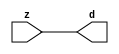

//------> ./rtl_mgc_ioport.v 
//------------------------------------------------------------------
//                M G C _ I O P O R T _ C O M P S
//------------------------------------------------------------------

//------------------------------------------------------------------
//                       M O D U L E S
//------------------------------------------------------------------

//------------------------------------------------------------------
//-- INPUT ENTITIES
//------------------------------------------------------------------

module mgc_in_wire (d, z);

  parameter integer rscid = 1;
  parameter integer width = 8;

  output [width-1:0] d;
  input  [width-1:0] z;

  wire   [width-1:0] d;

  assign d = z;

endmodule

//------------------------------------------------------------------

module mgc_in_wire_en (ld, d, lz, z);

  parameter integer rscid = 1;
  parameter integer width = 8;

  input              ld;
  output [width-1:0] d;
  output             lz;
  input  [width-1:0] z;

  wire   [width-1:0] d;
  wire               lz;

  assign d = z;
  assign lz = ld;

endmodule

//------------------------------------------------------------------

module mgc_in_wire_wait (ld, vd, d, lz, vz, z);

  parameter integer rscid = 1;
  parameter integer width = 8;

  input              ld;
  output             vd;
  output [width-1:0] d;
  output             lz;
  input              vz;
  input  [width-1:0] z;

  wire               vd;
  wire   [width-1:0] d;
  wire               lz;

  assign d = z;
  assign lz = ld;
  assign vd = vz;

endmodule
//------------------------------------------------------------------

module mgc_chan_in (ld, vd, d, lz, vz, z, size, req_size, sizez, sizelz);

  parameter integer rscid = 1;
  parameter integer width = 8;
  parameter integer sz_width = 8;

  input              ld;
  output             vd;
  output [width-1:0] d;
  output             lz;
  input              vz;
  input  [width-1:0] z;
  output [sz_width-1:0] size;
  input              req_size;
  input  [sz_width-1:0] sizez;
  output             sizelz;


  wire               vd;
  wire   [width-1:0] d;
  wire               lz;
  wire   [sz_width-1:0] size;
  wire               sizelz;

  assign d = z;
  assign lz = ld;
  assign vd = vz;
  assign size = sizez;
  assign sizelz = req_size;

endmodule


//------------------------------------------------------------------
//-- OUTPUT ENTITIES
//------------------------------------------------------------------

module mgc_out_stdreg (d, z);

  parameter integer rscid = 1;
  parameter integer width = 8;

  input    [width-1:0] d;
  output   [width-1:0] z;

  wire     [width-1:0] z;

  assign z = d;

endmodule

//------------------------------------------------------------------

module mgc_out_stdreg_en (ld, d, lz, z);

  parameter integer rscid = 1;
  parameter integer width = 8;

  input              ld;
  input  [width-1:0] d;
  output             lz;
  output [width-1:0] z;

  wire               lz;
  wire   [width-1:0] z;

  assign z = d;
  assign lz = ld;

endmodule

//------------------------------------------------------------------

module mgc_out_stdreg_wait (ld, vd, d, lz, vz, z);

  parameter integer rscid = 1;
  parameter integer width = 8;

  input              ld;
  output             vd;
  input  [width-1:0] d;
  output             lz;
  input              vz;
  output [width-1:0] z;

  wire               vd;
  wire               lz;
  wire   [width-1:0] z;

  assign z = d;
  assign lz = ld;
  assign vd = vz;

endmodule

//------------------------------------------------------------------

module mgc_out_prereg_en (ld, d, lz, z);

    parameter integer rscid = 1;
    parameter integer width = 8;

    input              ld;
    input  [width-1:0] d;
    output             lz;
    output [width-1:0] z;

    wire               lz;
    wire   [width-1:0] z;

    assign z = d;
    assign lz = ld;

endmodule

//------------------------------------------------------------------
//-- INOUT ENTITIES
//------------------------------------------------------------------

module mgc_inout_stdreg_en (ldin, din, ldout, dout, lzin, lzout, z);

    parameter integer rscid = 1;
    parameter integer width = 8;

    input              ldin;
    output [width-1:0] din;
    input              ldout;
    input  [width-1:0] dout;
    output             lzin;
    output             lzout;
    inout  [width-1:0] z;

    wire   [width-1:0] din;
    wire               lzin;
    wire               lzout;
    wire   [width-1:0] z;

    assign lzin = ldin;
    assign din = ldin ? z : {width{1'bz}};
    assign lzout = ldout;
    assign z = ldout ? dout : {width{1'bz}};

endmodule

//------------------------------------------------------------------
module hid_tribuf( I_SIG, ENABLE, O_SIG);
  parameter integer width = 8;

  input [width-1:0] I_SIG;
  input ENABLE;
  inout [width-1:0] O_SIG;

  assign O_SIG = (ENABLE) ? I_SIG : { width{1'bz}};

endmodule
//------------------------------------------------------------------

module mgc_inout_stdreg_wait (ldin, vdin, din, ldout, vdout, dout, lzin, vzin, lzout, vzout, z);

    parameter integer rscid = 1;
    parameter integer width = 8;

    input              ldin;
    output             vdin;
    output [width-1:0] din;
    input              ldout;
    output             vdout;
    input  [width-1:0] dout;
    output             lzin;
    input              vzin;
    output             lzout;
    input              vzout;
    inout  [width-1:0] z;

    wire               vdin;
    wire   [width-1:0] din;
    wire               vdout;
    wire               lzin;
    wire               lzout;
    wire   [width-1:0] z;
    wire   ldout_and_vzout;

    assign lzin = ldin;
    assign vdin = vzin;
    assign din = ldin ? z : {width{1'bz}};
    assign lzout = ldout;
    assign vdout = vzout ;
    assign ldout_and_vzout = ldout && vzout ;

    hid_tribuf #(width) tb( .I_SIG(dout),
                            .ENABLE(ldout_and_vzout),
                            .O_SIG(z) );

endmodule

//------------------------------------------------------------------

module mgc_inout_buf_wait (clk, en, arst, srst, ldin, vdin, din, ldout, vdout, dout, lzin, vzin, lzout, vzout, z);

    parameter integer rscid   = 0; // resource ID
    parameter integer width   = 8; // fifo width
    parameter         ph_clk  =  1'b1; // clock polarity 1=rising edge, 0=falling edge
    parameter         ph_en   =  1'b1; // clock enable polarity
    parameter         ph_arst =  1'b1; // async reset polarity
    parameter         ph_srst =  1'b1; // sync reset polarity

    input              clk;
    input              en;
    input              arst;
    input              srst;
    input              ldin;
    output             vdin;
    output [width-1:0] din;
    input              ldout;
    output             vdout;
    input  [width-1:0] dout;
    output             lzin;
    input              vzin;
    output             lzout;
    input              vzout;
    inout  [width-1:0] z;

    wire               lzout_buf;
    wire               vzout_buf;
    wire   [width-1:0] z_buf;
    wire               vdin;
    wire   [width-1:0] din;
    wire               vdout;
    wire               lzin;
    wire               lzout;
    wire   [width-1:0] z;

    assign lzin = ldin;
    assign vdin = vzin;
    assign din = ldin ? z : {width{1'bz}};
    assign lzout = lzout_buf & ~ldin;
    assign vzout_buf = vzout & ~ldin;
    hid_tribuf #(width) tb( .I_SIG(z_buf),
                            .ENABLE((lzout_buf && (!ldin) && vzout) ),
                            .O_SIG(z)  );

    mgc_out_buf_wait
    #(
        .rscid   (rscid),
        .width   (width),
        .ph_clk  (ph_clk),
        .ph_en   (ph_en),
        .ph_arst (ph_arst),
        .ph_srst (ph_srst)
    )
    BUFF
    (
        .clk     (clk),
        .en      (en),
        .arst    (arst),
        .srst    (srst),
        .ld      (ldout),
        .vd      (vdout),
        .d       (dout),
        .lz      (lzout_buf),
        .vz      (vzout_buf),
        .z       (z_buf)
    );


endmodule

module mgc_inout_fifo_wait (clk, en, arst, srst, ldin, vdin, din, ldout, vdout, dout, lzin, vzin, lzout, vzout, z);

    parameter integer rscid   = 0; // resource ID
    parameter integer width   = 8; // fifo width
    parameter integer fifo_sz = 8; // fifo depth
    parameter         ph_clk  = 1'b1;  // clock polarity 1=rising edge, 0=falling edge
    parameter         ph_en   = 1'b1;  // clock enable polarity
    parameter         ph_arst = 1'b1;  // async reset polarity
    parameter         ph_srst = 1'b1;  // sync reset polarity
    parameter integer ph_log2 = 3;     // log2(fifo_sz)
    parameter integer pwropt  = 0;     // pwropt

    input              clk;
    input              en;
    input              arst;
    input              srst;
    input              ldin;
    output             vdin;
    output [width-1:0] din;
    input              ldout;
    output             vdout;
    input  [width-1:0] dout;
    output             lzin;
    input              vzin;
    output             lzout;
    input              vzout;
    inout  [width-1:0] z;

    wire               lzout_buf;
    wire               vzout_buf;
    wire   [width-1:0] z_buf;
    wire               comb;
    wire               vdin;
    wire   [width-1:0] din;
    wire               vdout;
    wire               lzin;
    wire               lzout;
    wire   [width-1:0] z;

    assign lzin = ldin;
    assign vdin = vzin;
    assign din = ldin ? z : {width{1'bz}};
    assign lzout = lzout_buf & ~ldin;
    assign vzout_buf = vzout & ~ldin;
    assign comb = (lzout_buf && (!ldin) && vzout);

    hid_tribuf #(width) tb2( .I_SIG(z_buf), .ENABLE(comb), .O_SIG(z)  );

    mgc_out_fifo_wait
    #(
        .rscid   (rscid),
        .width   (width),
        .fifo_sz (fifo_sz),
        .ph_clk  (ph_clk),
        .ph_en   (ph_en),
        .ph_arst (ph_arst),
        .ph_srst (ph_srst),
        .ph_log2 (ph_log2),
        .pwropt  (pwropt)
    )
    FIFO
    (
        .clk   (clk),
        .en      (en),
        .arst    (arst),
        .srst    (srst),
        .ld      (ldout),
        .vd      (vdout),
        .d       (dout),
        .lz      (lzout_buf),
        .vz      (vzout_buf),
        .z       (z_buf)
    );

endmodule

//------------------------------------------------------------------
//-- I/O SYNCHRONIZATION ENTITIES
//------------------------------------------------------------------

module mgc_io_sync (ld, lz);

    input  ld;
    output lz;

    assign lz = ld;

endmodule

module mgc_bsync_rdy (rd, rz);

    parameter integer rscid   = 0; // resource ID
    parameter ready = 1;
    parameter valid = 0;

    input  rd;
    output rz;

    wire   rz;

    assign rz = rd;

endmodule

module mgc_bsync_vld (vd, vz);

    parameter integer rscid   = 0; // resource ID
    parameter ready = 0;
    parameter valid = 1;

    output vd;
    input  vz;

    wire   vd;

    assign vd = vz;

endmodule

module mgc_bsync_rv (rd, vd, rz, vz);

    parameter integer rscid   = 0; // resource ID
    parameter ready = 1;
    parameter valid = 1;

    input  rd;
    output vd;
    output rz;
    input  vz;

    wire   vd;
    wire   rz;

    assign rz = rd;
    assign vd = vz;

endmodule

//------------------------------------------------------------------

module mgc_sync (ldin, vdin, ldout, vdout);

  input  ldin;
  output vdin;
  input  ldout;
  output vdout;

  wire   vdin;
  wire   vdout;

  assign vdin = ldout;
  assign vdout = ldin;

endmodule

///////////////////////////////////////////////////////////////////////////////
// dummy function used to preserve funccalls for modulario
// it looks like a memory read to the caller
///////////////////////////////////////////////////////////////////////////////
module funccall_inout (d, ad, bd, z, az, bz);

  parameter integer ram_id = 1;
  parameter integer width = 8;
  parameter integer addr_width = 8;

  output [width-1:0]       d;
  input  [addr_width-1:0]  ad;
  input                    bd;
  input  [width-1:0]       z;
  output [addr_width-1:0]  az;
  output                   bz;

  wire   [width-1:0]       d;
  wire   [addr_width-1:0]  az;
  wire                     bz;

  assign d  = z;
  assign az = ad;
  assign bz = bd;

endmodule


///////////////////////////////////////////////////////////////////////////////
// inlinable modular io not otherwise found in mgc_ioport
///////////////////////////////////////////////////////////////////////////////

module modulario_en_in (vd, d, vz, z);

  parameter integer rscid = 1;
  parameter integer width = 8;

  output             vd;
  output [width-1:0] d;
  input              vz;
  input  [width-1:0] z;

  wire   [width-1:0] d;
  wire               vd;

  assign d = z;
  assign vd = vz;

endmodule

//------> ./rtl_mgc_ioport_v2001.v 
//------------------------------------------------------------------

module mgc_out_reg_pos (clk, en, arst, srst, ld, d, lz, z);

    parameter integer rscid   = 1;
    parameter integer width   = 8;
    parameter         ph_en   =  1'b1;
    parameter         ph_arst =  1'b1;
    parameter         ph_srst =  1'b1;

    input              clk;
    input              en;
    input              arst;
    input              srst;
    input              ld;
    input  [width-1:0] d;
    output             lz;
    output [width-1:0] z;

    reg                lz;
    reg    [width-1:0] z;

    generate
    if (ph_arst == 1'b0)
    begin: NEG_ARST
        always @(posedge clk or negedge arst)
        if (arst == 1'b0)
        begin: B1
            lz <= 1'b0;
            z  <= {width{1'b0}};
        end
        else if (srst == ph_srst)
        begin: B2
            lz <= 1'b0;
            z  <= {width{1'b0}};
        end
        else if (en == ph_en)
        begin: B3
            lz <= ld;
            z  <= (ld) ? d : z;
        end
    end
    else
    begin: POS_ARST
        always @(posedge clk or posedge arst)
        if (arst == 1'b1)
        begin: B1
            lz <= 1'b0;
            z  <= {width{1'b0}};
        end
        else if (srst == ph_srst)
        begin: B2
            lz <= 1'b0;
            z  <= {width{1'b0}};
        end
        else if (en == ph_en)
        begin: B3
            lz <= ld;
            z  <= (ld) ? d : z;
        end
    end
    endgenerate

endmodule

//------------------------------------------------------------------

module mgc_out_reg_neg (clk, en, arst, srst, ld, d, lz, z);

    parameter integer rscid   = 1;
    parameter integer width   = 8;
    parameter         ph_en   =  1'b1;
    parameter         ph_arst =  1'b1;
    parameter         ph_srst =  1'b1;

    input              clk;
    input              en;
    input              arst;
    input              srst;
    input              ld;
    input  [width-1:0] d;
    output             lz;
    output [width-1:0] z;

    reg                lz;
    reg    [width-1:0] z;

    generate
    if (ph_arst == 1'b0)
    begin: NEG_ARST
        always @(negedge clk or negedge arst)
        if (arst == 1'b0)
        begin: B1
            lz <= 1'b0;
            z  <= {width{1'b0}};
        end
        else if (srst == ph_srst)
        begin: B2
            lz <= 1'b0;
            z  <= {width{1'b0}};
        end
        else if (en == ph_en)
        begin: B3
            lz <= ld;
            z  <= (ld) ? d : z;
        end
    end
    else
    begin: POS_ARST
        always @(negedge clk or posedge arst)
        if (arst == 1'b1)
        begin: B1
            lz <= 1'b0;
            z  <= {width{1'b0}};
        end
        else if (srst == ph_srst)
        begin: B2
            lz <= 1'b0;
            z  <= {width{1'b0}};
        end
        else if (en == ph_en)
        begin: B3
            lz <= ld;
            z  <= (ld) ? d : z;
        end
    end
    endgenerate

endmodule

//------------------------------------------------------------------

module mgc_out_reg (clk, en, arst, srst, ld, d, lz, z); // Not Supported

    parameter integer rscid   = 1;
    parameter integer width   = 8;
    parameter         ph_clk  =  1'b1;
    parameter         ph_en   =  1'b1;
    parameter         ph_arst =  1'b1;
    parameter         ph_srst =  1'b1;

    input              clk;
    input              en;
    input              arst;
    input              srst;
    input              ld;
    input  [width-1:0] d;
    output             lz;
    output [width-1:0] z;


    generate
    if (ph_clk == 1'b0)
    begin: NEG_EDGE

        mgc_out_reg_neg
        #(
            .rscid   (rscid),
            .width   (width),
            .ph_en   (ph_en),
            .ph_arst (ph_arst),
            .ph_srst (ph_srst)
        )
        mgc_out_reg_neg_inst
        (
            .clk     (clk),
            .en      (en),
            .arst    (arst),
            .srst    (srst),
            .ld      (ld),
            .d       (d),
            .lz      (lz),
            .z       (z)
        );

    end
    else
    begin: POS_EDGE

        mgc_out_reg_pos
        #(
            .rscid   (rscid),
            .width   (width),
            .ph_en   (ph_en),
            .ph_arst (ph_arst),
            .ph_srst (ph_srst)
        )
        mgc_out_reg_pos_inst
        (
            .clk     (clk),
            .en      (en),
            .arst    (arst),
            .srst    (srst),
            .ld      (ld),
            .d       (d),
            .lz      (lz),
            .z       (z)
        );

    end
    endgenerate

endmodule




//------------------------------------------------------------------

module mgc_out_buf_wait (clk, en, arst, srst, ld, vd, d, vz, lz, z); // Not supported

    parameter integer rscid   = 1;
    parameter integer width   = 8;
    parameter         ph_clk  =  1'b1;
    parameter         ph_en   =  1'b1;
    parameter         ph_arst =  1'b1;
    parameter         ph_srst =  1'b1;

    input              clk;
    input              en;
    input              arst;
    input              srst;
    input              ld;
    output             vd;
    input  [width-1:0] d;
    output             lz;
    input              vz;
    output [width-1:0] z;

    wire               filled;
    wire               filled_next;
    wire   [width-1:0] abuf;
    wire               lbuf;


    assign filled_next = (filled & (~vz)) | (filled & ld) | (ld & (~vz));

    assign lbuf = ld & ~(filled ^ vz);

    assign vd = vz | ~filled;

    assign lz = ld | filled;

    assign z = (filled) ? abuf : d;

    wire dummy;
    wire dummy_bufreg_lz;

    // Output registers:
    mgc_out_reg
    #(
        .rscid   (rscid),
        .width   (1'b1),
        .ph_clk  (ph_clk),
        .ph_en   (ph_en),
        .ph_arst (ph_arst),
        .ph_srst (ph_srst)
    )
    STATREG
    (
        .clk     (clk),
        .en      (en),
        .arst    (arst),
        .srst    (srst),
        .ld      (filled_next),
        .d       (1'b0),       // input d is unused
        .lz      (filled),
        .z       (dummy)            // output z is unused
    );

    mgc_out_reg
    #(
        .rscid   (rscid),
        .width   (width),
        .ph_clk  (ph_clk),
        .ph_en   (ph_en),
        .ph_arst (ph_arst),
        .ph_srst (ph_srst)
    )
    BUFREG
    (
        .clk     (clk),
        .en      (en),
        .arst    (arst),
        .srst    (srst),
        .ld      (lbuf),
        .d       (d),
        .lz      (dummy_bufreg_lz),
        .z       (abuf)
    );

endmodule

//------------------------------------------------------------------

module mgc_out_fifo_wait (clk, en, arst, srst, ld, vd, d, lz, vz,  z);

    parameter integer rscid   = 0; // resource ID
    parameter integer width   = 8; // fifo width
    parameter integer fifo_sz = 8; // fifo depth
    parameter         ph_clk  = 1'b1; // clock polarity 1=rising edge, 0=falling edge
    parameter         ph_en   = 1'b1; // clock enable polarity
    parameter         ph_arst = 1'b1; // async reset polarity
    parameter         ph_srst = 1'b1; // sync reset polarity
    parameter integer ph_log2 = 3; // log2(fifo_sz)
    parameter integer pwropt  = 0; // pwropt


    input                 clk;
    input                 en;
    input                 arst;
    input                 srst;
    input                 ld;    // load data
    output                vd;    // fifo full active low
    input     [width-1:0] d;
    output                lz;    // fifo ready to send
    input                 vz;    // dest ready for data
    output    [width-1:0] z;

    wire    [31:0]      size;


      // Output registers:
 mgc_out_fifo_wait_core#(
        .rscid   (rscid),
        .width   (width),
        .sz_width (32),
        .fifo_sz (fifo_sz),
        .ph_clk  (ph_clk),
        .ph_en   (ph_en),
        .ph_arst (ph_arst),
        .ph_srst (ph_srst),
        .ph_log2 (ph_log2),
        .pwropt  (pwropt)
        ) CORE (
        .clk (clk),
        .en (en),
        .arst (arst),
        .srst (srst),
        .ld (ld),
        .vd (vd),
        .d (d),
        .lz (lz),
        .vz (vz),
        .z (z),
        .size (size)
        );

endmodule



module mgc_out_fifo_wait_core (clk, en, arst, srst, ld, vd, d, lz, vz,  z, size);

    parameter integer rscid   = 0; // resource ID
    parameter integer width   = 8; // fifo width
    parameter integer sz_width = 8; // size of port for elements in fifo
    parameter integer fifo_sz = 8; // fifo depth
    parameter         ph_clk  =  1'b1; // clock polarity 1=rising edge, 0=falling edge
    parameter         ph_en   =  1'b1; // clock enable polarity
    parameter         ph_arst =  1'b1; // async reset polarity
    parameter         ph_srst =  1'b1; // sync reset polarity
    parameter integer ph_log2 = 3; // log2(fifo_sz)
    parameter integer pwropt  = 0; // pwropt

   localparam integer  fifo_b = width * fifo_sz;

    input                 clk;
    input                 en;
    input                 arst;
    input                 srst;
    input                 ld;    // load data
    output                vd;    // fifo full active low
    input     [width-1:0] d;
    output                lz;    // fifo ready to send
    input                 vz;    // dest ready for data
    output    [width-1:0] z;
    output    [sz_width-1:0]      size;

    reg      [( (fifo_sz > 0) ? fifo_sz : 1)-1:0] stat_pre;
    wire     [( (fifo_sz > 0) ? fifo_sz : 1)-1:0] stat;
    reg      [( (fifo_b > 0) ? fifo_b : 1)-1:0] buff_pre;
    wire     [( (fifo_b > 0) ? fifo_b : 1)-1:0] buff;
    reg      [( (fifo_sz > 0) ? fifo_sz : 1)-1:0] en_l;
    reg      [(((fifo_sz > 0) ? fifo_sz : 1)-1)/8:0] en_l_s;

    reg       [width-1:0] buff_nxt;

    reg                   stat_nxt;
    reg                   stat_before;
    reg                   stat_after;
    reg                   en_l_var;

    integer               i;
    genvar                eni;

    wire [32:0]           size_t;
    reg [31:0]            count;
    reg [31:0]            count_t;
    reg [32:0]            n_elem;
// pragma translate_off
    reg [31:0]            peak;
// pragma translate_on

    wire [( (fifo_sz > 0) ? fifo_sz : 1)-1:0] dummy_statreg_lz;
    wire [( (fifo_b > 0) ? fifo_b : 1)-1:0] dummy_bufreg_lz;

    generate
    if ( fifo_sz > 0 )
    begin: FIFO_REG
      assign vd = vz | ~stat[0];
      assign lz = ld | stat[fifo_sz-1];
      assign size_t = (count - (vz && stat[fifo_sz-1])) + ld;
      assign size = size_t[sz_width-1:0];
      assign z = (stat[fifo_sz-1]) ? buff[fifo_b-1:width*(fifo_sz-1)] : d;

      always @(*)
      begin: FIFOPROC
        n_elem = 33'b0;
        for (i = fifo_sz-1; i >= 0; i = i - 1)
        begin
          if (i != 0)
            stat_before = stat[i-1];
          else
            stat_before = 1'b0;

          if (i != (fifo_sz-1))
            stat_after = stat[i+1];
          else
            stat_after = 1'b1;

          stat_nxt = stat_after &
                    (stat_before | (stat[i] & (~vz)) | (stat[i] & ld) | (ld & (~vz)));

          stat_pre[i] = stat_nxt;
          en_l_var = 1'b1;
          if (!stat_nxt)
            begin
              buff_nxt = {width{1'b0}};
              en_l_var = 1'b0;
            end
          else if (vz && stat_before)
            buff_nxt[0+:width] = buff[width*(i-1)+:width];
          else if (ld && !((vz && stat_before) || ((!vz) && stat[i])))
            buff_nxt = d;
          else
            begin
              if (pwropt == 0)
                buff_nxt[0+:width] = buff[width*i+:width];
              else
                buff_nxt = {width{1'b0}};
              en_l_var = 1'b0;
            end

          if (ph_en != 0)
            en_l[i] = en & en_l_var;
          else
            en_l[i] = en | ~en_l_var;

          buff_pre[width*i+:width] = buff_nxt[0+:width];

          if ((stat_after == 1'b1) && (stat[i] == 1'b0))
            n_elem = ($unsigned(fifo_sz) - 1) - i;
        end

        if (ph_en != 0)
          en_l_s[(((fifo_sz > 0) ? fifo_sz : 1)-1)/8] = 1'b1;
        else
          en_l_s[(((fifo_sz > 0) ? fifo_sz : 1)-1)/8] = 1'b0;

        for (i = fifo_sz-1; i >= 7; i = i - 1)
        begin
          if ((i%'d2) == 0)
          begin
            if (ph_en != 0)
              en_l_s[(i/8)-1] = en & (stat[i]|stat_pre[i-1]);
            else
              en_l_s[(i/8)-1] = en | ~(stat[i]|stat_pre[i-1]);
          end
        end

        if ( stat[fifo_sz-1] == 1'b0 )
          count_t = 32'b0;
        else if ( stat[0] == 1'b1 )
          count_t = { {(32-ph_log2){1'b0}}, fifo_sz};
        else
          count_t = n_elem[31:0];
        count = count_t;
// pragma translate_off
        if ( peak < count )
          peak = count;
// pragma translate_on
      end

      if (pwropt == 0)
      begin: NOCGFIFO
        // Output registers:
        mgc_out_reg
        #(
            .rscid   (rscid),
            .width   (fifo_sz),
            .ph_clk  (ph_clk),
            .ph_en   (ph_en),
            .ph_arst (ph_arst),
            .ph_srst (ph_srst)
        )
        STATREG
        (
            .clk     (clk),
            .en      (en),
            .arst    (arst),
            .srst    (srst),
            .ld      (1'b1),
            .d       (stat_pre),
            .lz      (dummy_statreg_lz[0]),
            .z       (stat)
        );
        mgc_out_reg
        #(
            .rscid   (rscid),
            .width   (fifo_b),
            .ph_clk  (ph_clk),
            .ph_en   (ph_en),
            .ph_arst (ph_arst),
            .ph_srst (ph_srst)
        )
        BUFREG
        (
            .clk     (clk),
            .en      (en),
            .arst    (arst),
            .srst    (srst),
            .ld      (1'b1),
            .d       (buff_pre),
            .lz      (dummy_bufreg_lz[0]),
            .z       (buff)
        );
      end
      else
      begin: CGFIFO
        // Output registers:
        if ( pwropt > 1)
        begin: CGSTATFIFO2
          for (eni = fifo_sz-1; eni >= 0; eni = eni - 1)
          begin: pwroptGEN1
            mgc_out_reg
            #(
              .rscid   (rscid),
              .width   (1),
              .ph_clk  (ph_clk),
              .ph_en   (ph_en),
              .ph_arst (ph_arst),
              .ph_srst (ph_srst)
            )
            STATREG
            (
              .clk     (clk),
              .en      (en_l_s[eni/8]),
              .arst    (arst),
              .srst    (srst),
              .ld      (1'b1),
              .d       (stat_pre[eni]),
              .lz      (dummy_statreg_lz[eni]),
              .z       (stat[eni])
            );
          end
        end
        else
        begin: CGSTATFIFO
          mgc_out_reg
          #(
            .rscid   (rscid),
            .width   (fifo_sz),
            .ph_clk  (ph_clk),
            .ph_en   (ph_en),
            .ph_arst (ph_arst),
            .ph_srst (ph_srst)
          )
          STATREG
          (
            .clk     (clk),
            .en      (en),
            .arst    (arst),
            .srst    (srst),
            .ld      (1'b1),
            .d       (stat_pre),
            .lz      (dummy_statreg_lz[0]),
            .z       (stat)
          );
        end
        for (eni = fifo_sz-1; eni >= 0; eni = eni - 1)
        begin: pwroptGEN2
          mgc_out_reg
          #(
            .rscid   (rscid),
            .width   (width),
            .ph_clk  (ph_clk),
            .ph_en   (ph_en),
            .ph_arst (ph_arst),
            .ph_srst (ph_srst)
          )
          BUFREG
          (
            .clk     (clk),
            .en      (en_l[eni]),
            .arst    (arst),
            .srst    (srst),
            .ld      (1'b1),
            .d       (buff_pre[width*eni+:width]),
            .lz      (dummy_bufreg_lz[eni]),
            .z       (buff[width*eni+:width])
          );
        end
      end
    end
    else
    begin: FEED_THRU
      assign vd = vz;
      assign lz = ld;
      assign z = d;
      assign size = ld && !vz;
    end
    endgenerate

endmodule

//------------------------------------------------------------------
//-- PIPE ENTITIES
//------------------------------------------------------------------
/*
 *
 *             _______________________________________________
 * WRITER    |                                               |          READER
 *           |           MGC_PIPE                            |
 *           |           __________________________          |
 *        --<| vdout  --<| vd ---------------  vz<|-----ldin<|---
 *           |           |      FIFO              |          |
 *        ---|>ldout  ---|>ld ---------------- lz |> ---vdin |>--
 *        ---|>dout -----|>d  ---------------- dz |> ----din |>--
 *           |           |________________________|          |
 *           |_______________________________________________|
 */
// two clock pipe
module mgc_pipe (clk, en, arst, srst, ldin, vdin, din, ldout, vdout, dout, size, req_size);

    parameter integer rscid   = 0; // resource ID
    parameter integer width   = 8; // fifo width
    parameter integer sz_width = 8; // width of size of elements in fifo
    parameter integer fifo_sz = 8; // fifo depth
    parameter integer log2_sz = 3; // log2(fifo_sz)
    parameter         ph_clk  = 1'b1;  // clock polarity 1=rising edge, 0=falling edge
    parameter         ph_en   = 1'b1;  // clock enable polarity
    parameter         ph_arst = 1'b1;  // async reset polarity
    parameter         ph_srst = 1'b1;  // sync reset polarity
    parameter integer pwropt  = 0; // pwropt

    input              clk;
    input              en;
    input              arst;
    input              srst;
    input              ldin;
    output             vdin;
    output [width-1:0] din;
    input              ldout;
    output             vdout;
    input  [width-1:0] dout;
    output [sz_width-1:0]      size;
    input              req_size;


    mgc_out_fifo_wait_core
    #(
        .rscid    (rscid),
        .width    (width),
        .sz_width (sz_width),
        .fifo_sz  (fifo_sz),
        .ph_clk   (ph_clk),
        .ph_en    (ph_en),
        .ph_arst  (ph_arst),
        .ph_srst  (ph_srst),
        .ph_log2  (log2_sz),
        .pwropt   (pwropt)
    )
    FIFO
    (
        .clk     (clk),
        .en      (en),
        .arst    (arst),
        .srst    (srst),
        .ld      (ldout),
        .vd      (vdout),
        .d       (dout),
        .lz      (vdin),
        .vz      (ldin),
        .z       (din),
        .size    (size)
    );

endmodule


//------> ./rtl.v 
// ----------------------------------------------------------------------
//  HLS HDL:        Verilog Netlister
//  HLS Version:    2011a.126 Production Release
//  HLS Date:       Wed Aug  8 00:52:07 PDT 2012
// 
//  Generated by:   oh1015@EEWS104A-005
//  Generated date: Thu Apr 28 17:52:26 2016
// ----------------------------------------------------------------------

// 
// ------------------------------------------------------------------
//  Design Unit:    cdt_core
// ------------------------------------------------------------------


module cdt_core (
  clk, arst_n, H_IN_rsc_mgc_in_wire_d, S_IN_rsc_mgc_in_wire_d, V_IN_rsc_mgc_in_wire_d,
      R_OUT_rsc_mgc_out_stdreg_d, B_OUT_rsc_mgc_out_stdreg_d
);
  input clk;
  input arst_n;
  input [9:0] H_IN_rsc_mgc_in_wire_d;
  input [9:0] S_IN_rsc_mgc_in_wire_d;
  input [9:0] V_IN_rsc_mgc_in_wire_d;
  output [9:0] R_OUT_rsc_mgc_out_stdreg_d;
  output [9:0] B_OUT_rsc_mgc_out_stdreg_d;


  // Interconnect Declarations
  reg if_else_slc_svs;
  reg reg_B_OUT_rsc_mgc_out_stdreg_d_reg;
  reg reg_R_OUT_rsc_mgc_out_stdreg_d_reg;
  wire [5:0] if_oelse_acc_itm;
  wire [6:0] nl_if_oelse_acc_itm;
  wire [9:0] if_if_acc_itm;
  wire [10:0] nl_if_if_acc_itm;
  wire [7:0] if_acc_2_itm;
  wire [8:0] nl_if_acc_2_itm;
  wire [9:0] if_acc_1_itm;
  wire [10:0] nl_if_acc_1_itm;
  wire if_else_slc_svs_mx0;
  wire if_lor_lpi_dfm;
  wire land_lpi_dfm;


  // Interconnect Declarations for Component Instantiations 
  assign B_OUT_rsc_mgc_out_stdreg_d = {{9{reg_B_OUT_rsc_mgc_out_stdreg_d_reg}}, reg_B_OUT_rsc_mgc_out_stdreg_d_reg};
  assign R_OUT_rsc_mgc_out_stdreg_d = {{9{reg_R_OUT_rsc_mgc_out_stdreg_d_reg}}, reg_R_OUT_rsc_mgc_out_stdreg_d_reg};
  assign if_else_slc_svs_mx0 = MUX_s_1_2_2({(readslicef_9_1_8((conv_u2u_8_9(H_IN_rsc_mgc_in_wire_d[9:2])
      + 9'b111010011))) , if_else_slc_svs}, (if_acc_1_itm[9]) | (if_acc_2_itm[7])
      | (~((if_if_acc_itm[9]) & (if_oelse_acc_itm[5]))));
  assign if_lor_lpi_dfm = ~((if_oelse_acc_itm[5]) & (if_if_acc_itm[9]));
  assign nl_if_oelse_acc_itm = ({1'b1 , (~ (H_IN_rsc_mgc_in_wire_d[8:4]))}) + 6'b1;
  assign if_oelse_acc_itm = nl_if_oelse_acc_itm[5:0];
  assign nl_if_if_acc_itm = conv_u2u_9_10(H_IN_rsc_mgc_in_wire_d[9:1]) + 10'b1101010001;
  assign if_if_acc_itm = nl_if_if_acc_itm[9:0];
  assign nl_if_acc_2_itm = conv_u2u_7_8(V_IN_rsc_mgc_in_wire_d[9:3]) + 8'b11111011;
  assign if_acc_2_itm = nl_if_acc_2_itm[7:0];
  assign land_lpi_dfm = ~((if_acc_2_itm[7]) | (if_acc_1_itm[9]));
  assign nl_if_acc_1_itm = conv_u2u_9_10(S_IN_rsc_mgc_in_wire_d[9:1]) + 10'b1111100111;
  assign if_acc_1_itm = nl_if_acc_1_itm[9:0];
  always @(posedge clk or negedge arst_n) begin
    if ( ~ arst_n ) begin
      if_else_slc_svs <= 1'b0;
      reg_B_OUT_rsc_mgc_out_stdreg_d_reg <= 1'b0;
      reg_R_OUT_rsc_mgc_out_stdreg_d_reg <= 1'b0;
    end
    else begin
      if_else_slc_svs <= if_else_slc_svs_mx0;
      reg_B_OUT_rsc_mgc_out_stdreg_d_reg <= ~((readslicef_11_1_10((({1'b1 , (~ H_IN_rsc_mgc_in_wire_d)})
          + 11'b100000101))) | if_else_slc_svs_mx0 | if_lor_lpi_dfm | (~ land_lpi_dfm));
      reg_R_OUT_rsc_mgc_out_stdreg_d_reg <= if_lor_lpi_dfm & land_lpi_dfm;
    end
  end

  function [0:0] MUX_s_1_2_2;
    input [1:0] inputs;
    input [0:0] sel;
    reg [0:0] result;
  begin
    case (sel)
      1'b0 : begin
        result = inputs[1:1];
      end
      1'b1 : begin
        result = inputs[0:0];
      end
      default : begin
        result = inputs[1:1];
      end
    endcase
    MUX_s_1_2_2 = result;
  end
  endfunction


  function [0:0] readslicef_9_1_8;
    input [8:0] vector;
    reg [8:0] tmp;
  begin
    tmp = vector >> 8;
    readslicef_9_1_8 = tmp[0:0];
  end
  endfunction


  function [0:0] readslicef_11_1_10;
    input [10:0] vector;
    reg [10:0] tmp;
  begin
    tmp = vector >> 10;
    readslicef_11_1_10 = tmp[0:0];
  end
  endfunction


  function  [8:0] conv_u2u_8_9 ;
    input [7:0]  vector ;
  begin
    conv_u2u_8_9 = {1'b0, vector};
  end
  endfunction


  function  [9:0] conv_u2u_9_10 ;
    input [8:0]  vector ;
  begin
    conv_u2u_9_10 = {1'b0, vector};
  end
  endfunction


  function  [7:0] conv_u2u_7_8 ;
    input [6:0]  vector ;
  begin
    conv_u2u_7_8 = {1'b0, vector};
  end
  endfunction

endmodule

// ------------------------------------------------------------------
//  Design Unit:    cdt
//  Generated from file(s):
//    2) $PROJECT_HOME/cdt.cpp
// ------------------------------------------------------------------


module cdt (
  H_IN_rsc_z, S_IN_rsc_z, V_IN_rsc_z, R_OUT_rsc_z, G_OUT_rsc_z, B_OUT_rsc_z, clk,
      arst_n
);
  input [9:0] H_IN_rsc_z;
  input [9:0] S_IN_rsc_z;
  input [9:0] V_IN_rsc_z;
  output [9:0] R_OUT_rsc_z;
  output [9:0] G_OUT_rsc_z;
  output [9:0] B_OUT_rsc_z;
  input clk;
  input arst_n;


  // Interconnect Declarations
  wire [9:0] H_IN_rsc_mgc_in_wire_d;
  wire [9:0] S_IN_rsc_mgc_in_wire_d;
  wire [9:0] V_IN_rsc_mgc_in_wire_d;
  wire [9:0] R_OUT_rsc_mgc_out_stdreg_d;
  wire [9:0] B_OUT_rsc_mgc_out_stdreg_d;


  // Interconnect Declarations for Component Instantiations 
  mgc_in_wire #(.rscid(1),
  .width(10)) H_IN_rsc_mgc_in_wire (
      .d(H_IN_rsc_mgc_in_wire_d),
      .z(H_IN_rsc_z)
    );
  mgc_in_wire #(.rscid(2),
  .width(10)) S_IN_rsc_mgc_in_wire (
      .d(S_IN_rsc_mgc_in_wire_d),
      .z(S_IN_rsc_z)
    );
  mgc_in_wire #(.rscid(3),
  .width(10)) V_IN_rsc_mgc_in_wire (
      .d(V_IN_rsc_mgc_in_wire_d),
      .z(V_IN_rsc_z)
    );
  mgc_out_stdreg #(.rscid(4),
  .width(10)) R_OUT_rsc_mgc_out_stdreg (
      .d(R_OUT_rsc_mgc_out_stdreg_d),
      .z(R_OUT_rsc_z)
    );
  mgc_out_stdreg #(.rscid(5),
  .width(10)) G_OUT_rsc_mgc_out_stdreg (
      .d(10'b0),
      .z(G_OUT_rsc_z)
    );
  mgc_out_stdreg #(.rscid(6),
  .width(10)) B_OUT_rsc_mgc_out_stdreg (
      .d(B_OUT_rsc_mgc_out_stdreg_d),
      .z(B_OUT_rsc_z)
    );
  cdt_core cdt_core_inst (
      .clk(clk),
      .arst_n(arst_n),
      .H_IN_rsc_mgc_in_wire_d(H_IN_rsc_mgc_in_wire_d),
      .S_IN_rsc_mgc_in_wire_d(S_IN_rsc_mgc_in_wire_d),
      .V_IN_rsc_mgc_in_wire_d(V_IN_rsc_mgc_in_wire_d),
      .R_OUT_rsc_mgc_out_stdreg_d(R_OUT_rsc_mgc_out_stdreg_d),
      .B_OUT_rsc_mgc_out_stdreg_d(B_OUT_rsc_mgc_out_stdreg_d)
    );
endmodule